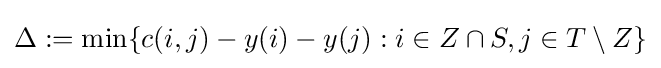
\Delta :=\min\{c(i,j)-y(i)-y(j):i\in Z\cap S,j\in T\setminus Z\}